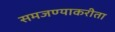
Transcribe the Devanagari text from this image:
समजण्याकरीता